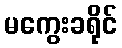
မကွေးခရိုင်